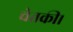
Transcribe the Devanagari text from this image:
चेतकी।